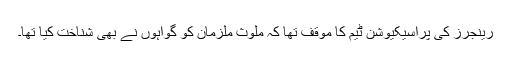
رینجرز کی پراسیکیوشن ٹیم کا موقف تھا کہ ملوث ملزمان کو گواہوں نے بھی شناخت کیا تھا۔